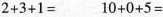
$$2 + 3 + 1 =$$ $$1 0 + 0 + 5 =$$